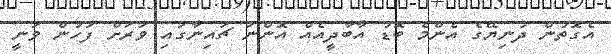
އެގޮތުން ދުނިޔޭގެ އެންމެ ބޮޑު އާބާދީއެއް އޮންނަ ޗައިނާގައި ވަރަށް ފަހުން ވަނީ